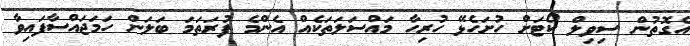
އެގޮތުން ސިވިލް ކޯޓަށް ހުށަހެޅޭ ހުރިހާ މައްސަލަތަކެއް އެންމެ ފުރަތަމަ ބަލަން ހަމަޖައްސާފައިވާ